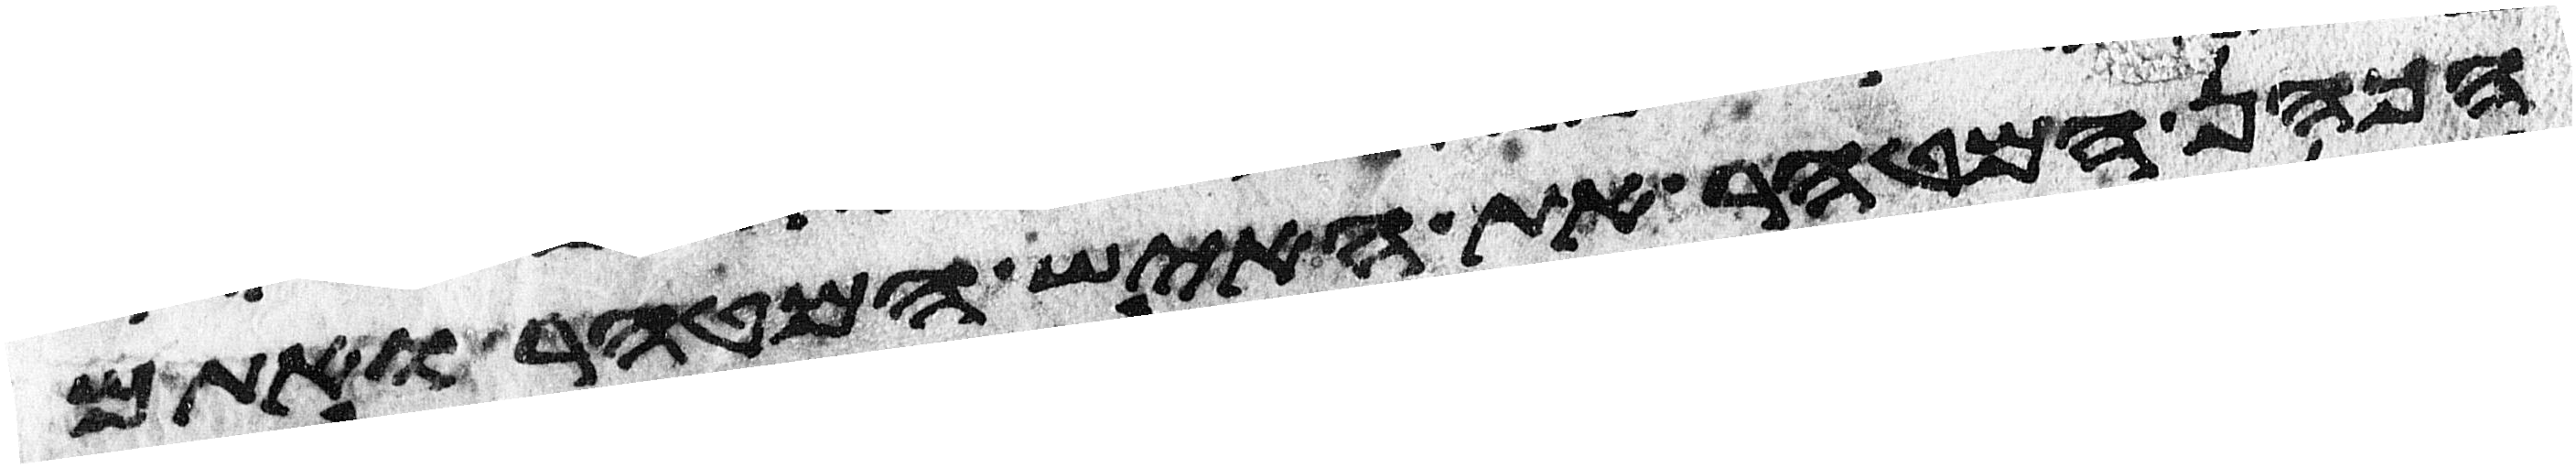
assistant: הכהן המטהר את האיש המטהר ואתם